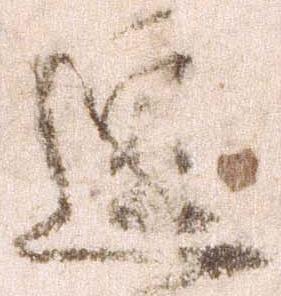
逗